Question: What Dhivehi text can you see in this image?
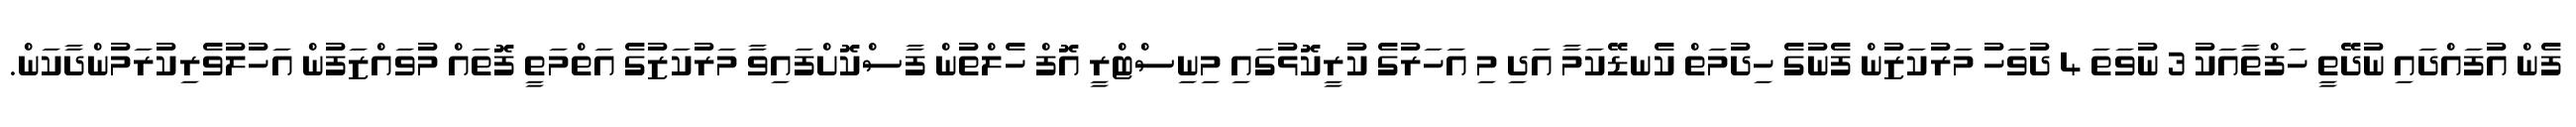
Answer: ފެން އުފައްދައި ނުދޭތީ ހަފްތާއަކު 3 ނުވަތަ 4 ދުވަހު މަރުކަޒުން ފެނުގެ ހިދުމަތް ކެނޑޭކަމާ އަދި މި އަހަރުގެ ކުރީކޮޅުގައި މިނިސްޓްރީ އޮފް ހެލްތުން ފާސްކޮށްފައިވާ މަރުކަޒުގެ އަތްމަތީ ފޮތައް މުވައްޒަފުން އަހުލުވެރިކުރަމުންދާކަން.